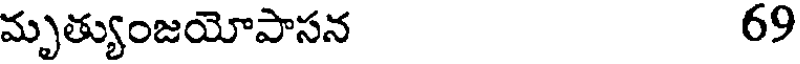
మృత్యుంజయోపాసన 69